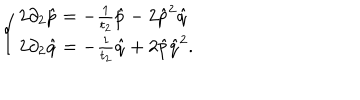
\left\{ \left\{ \begin{cases} { { 2 \partial _ { 2 } \hat { p } = - \frac { 1 } { t _ { 2 } } \hat { p } - 2 \hat { p } ^ { 2 } \hat { q } } } \\ { { 2 \partial _ { 2 } \hat { q } = - \frac { 1 } { t _ { 2 } } \hat { q } + 2 \hat { p } \hat { q } ^ { 2 } . } } \\ \end{cases} \right. \right.